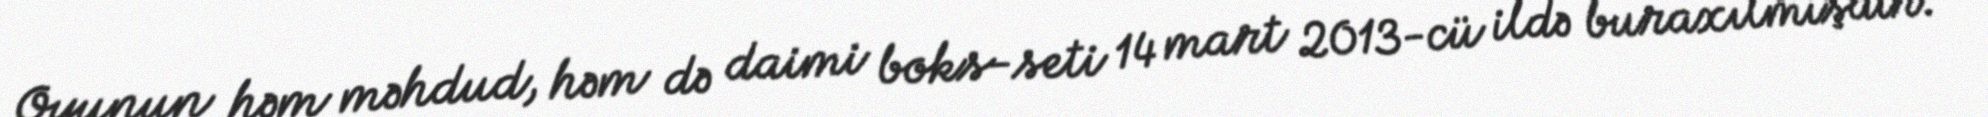
Oyunun həm məhdud, həm də daimi boks-seti 14 mart 2013-cü ildə buraxılmışdır.